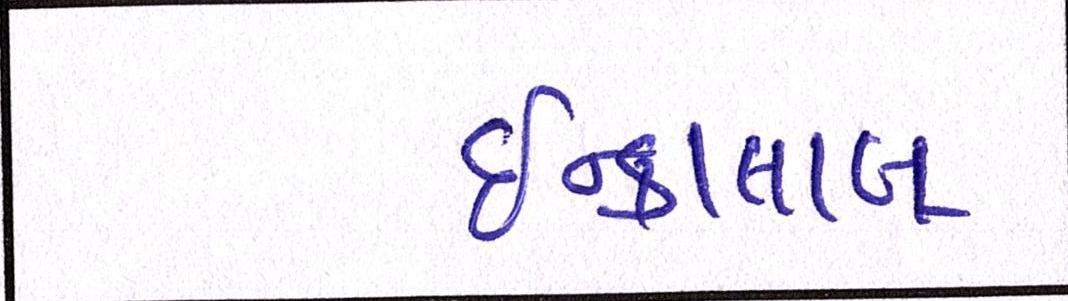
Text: ઇન્કાલાબ